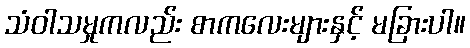
သံဝါသမှုကလည်း စာကလေးများနှင့် မခြားပါ။